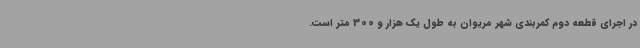
در اجرای قطعه دوم کمربندی شهر مریوان به طول یک هزار و 300 متر است.